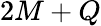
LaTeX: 2M+Q